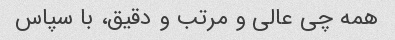
همه چى عالی و مرتب و دقیق، با سپاس